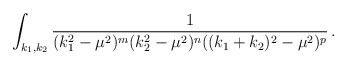
\begin{align*}\int_{k_1,k_2} \frac{1}{(k_1^2-\mu^2)^m(k_2^2-\mu^2)^n((k_1+k_2)^2-\mu^2)^p}\, . \end{align*}